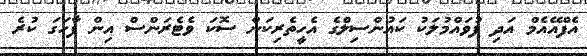
އެފްއޭއެމް އަދި ފުވައްމުލަކު ކައުންސިލްގެ އެހީތެރިކަން ސޮކަ ވެޓެރަންސް އިން ފާހަގަ ކުރެ